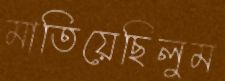
মাতিয়েছিলুম